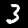
Digit: 3